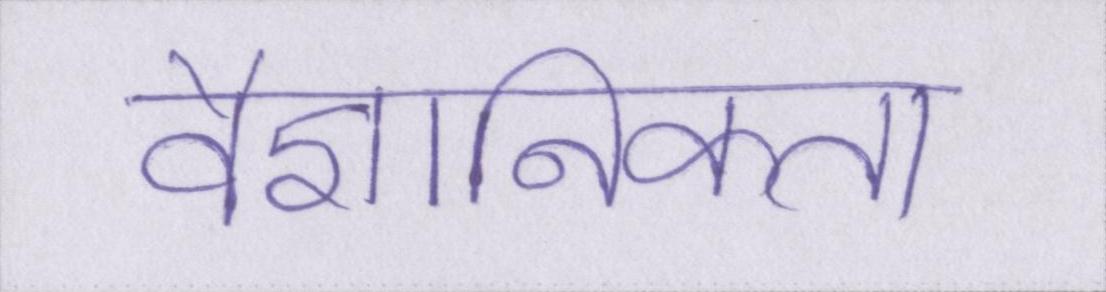
वैज्ञानिकता